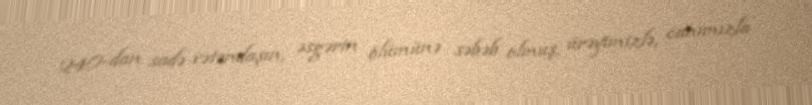
240-dan sadə vətəndaşın, əsgərin ölümünə səbəb olmuş, ürəyimizlə, canımızla